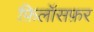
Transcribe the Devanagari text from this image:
फ़िलॉसफ़र